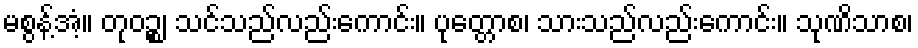
မစွန့်အံ့။ တုဝဉ္စ၊ သင်သည်လည်းကောင်း။ ပုတ္တောစ၊ သားသည်လည်းကောင်း။ သုဏိသာစ၊